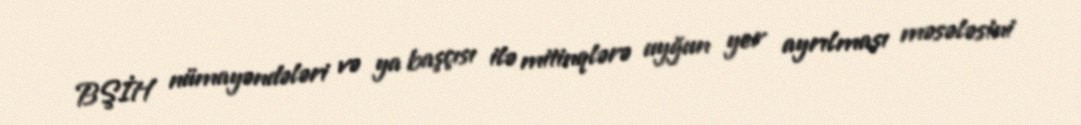
BŞİH nümayəndələri və ya başçısı ilə mitinqlərə uyğun yer ayrılması məsələsini